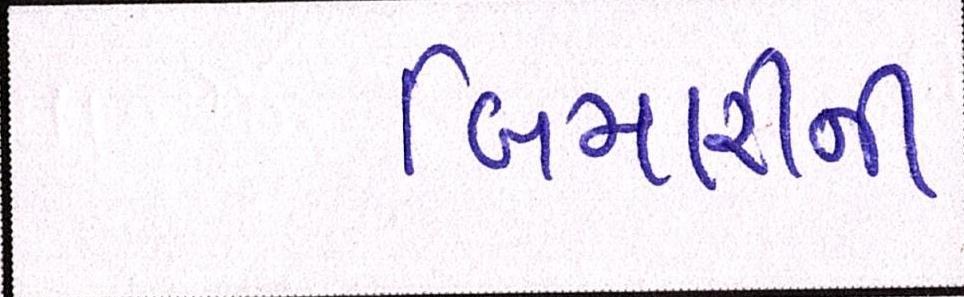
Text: બિમારીની